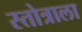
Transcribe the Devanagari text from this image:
स्तोत्राला